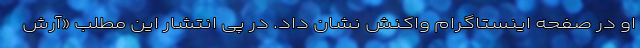
او در صفحه اینستاگرام واکنش نشان داد. در پی انتشار این مطلب «آرش